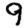
Digit: 9